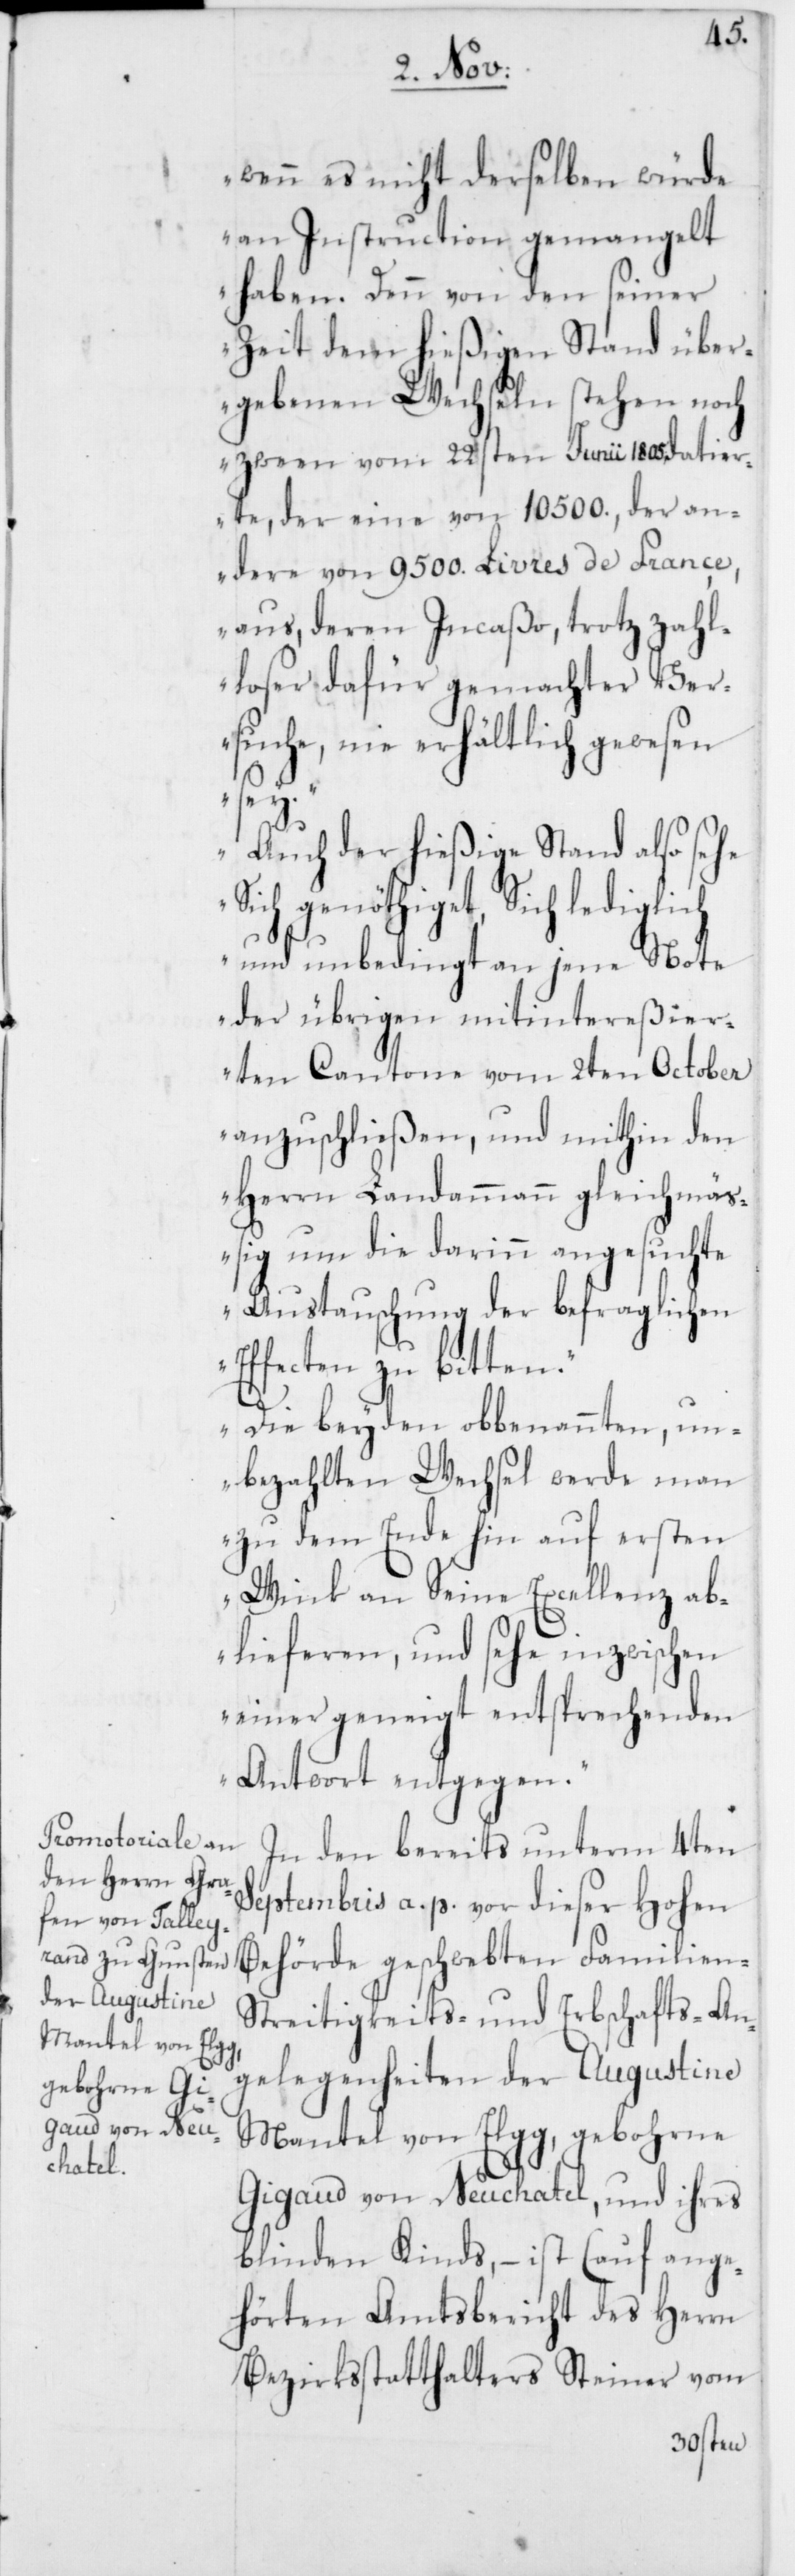
wenn es nicht derselben würde
an Instruction gemangelt
haben. Denn von den seiner
Zeit dem hießigen Stand über¬
gebenen Wechseln stehen noch
zween vom 22sten Junii 1805. datier¬
te, der eine von 10500., der an¬
dere von 9500. Livres de France
aus, deren Incaßo, trotz zahl¬
loser dafür gemachter Ver¬
suche, nie erhältlich gewesen
sey.
Auch der hießige Stand also sehe
sich genöthiget, Sich lediglich
und unbedingt an jene Note
der übrigen mitintereßier¬
ten Cantone vom 2ten October
anzuschließen, und mithin den
Herrn Landammann gleichmäß¬
ig um die darinn angesuchte
Austauschung der befraglichen
Effecten zu bitten.
Die beyden obbenannten, un¬
bezahlten Wechsel werde man
zu dem Ende hin auf ersten
Wink an Seine Excellenz ab¬
lieferen, und sehe inzwischen
einer geneigt entsprechenden
Antwort entgegen.“
In den bereits unterm 4ten
Septembris a.p. vor dieser Hohen
Behörde geschwebten Familien-S¬
treitigkeits- und Erbschafts-An¬
gelegenheiten der Augustine
Mantel von Elgg, gebohrne
Gigaud von Neuchatel, und ihres
blinden Kinds, – ist (auf ange¬
hörten Amtsbericht des Herrn
Bezirksstatthalters Steiner vom